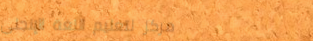
مركز لتعليم اللغة الإنجلي